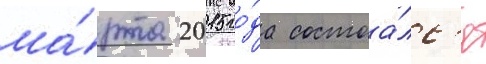
ма́рта 2015 го́да состоа́лс'я